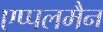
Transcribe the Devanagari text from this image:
एप्पलमैन